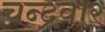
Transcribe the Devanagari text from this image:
चन्द्रवार